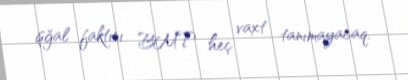
işğal faktını BMT heç vaxt tanımayacaq.